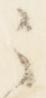
之